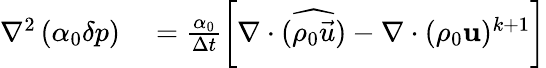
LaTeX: \begin{array}{rl}{\nabla^{2}\left(\alpha_{0}\delta p\right)}&{{}=\frac{\alpha_{0}}{\Delta t}\left[\nabla\cdot(\widehat{\rho_{0}\vec{u}})-\nabla\cdot(\rho_{0}\mathbf{u})^{k+1}\right]}\end{array}